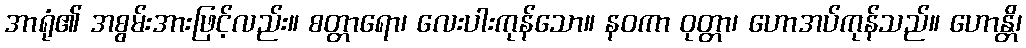
အာရုံ၏ အစွမ်းအားဖြင့်လည်း။ စတ္တာရော၊ လေးပါးကုန်သော။ နဝကာ ဝုတ္တာ၊ ဟောအပ်ကုန်သည်။ ဟောန္တိ၊